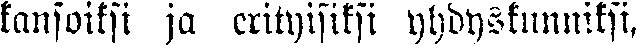
kansoiksi ja erityisiksi yhdyskunniksi,